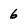
Character: 6